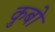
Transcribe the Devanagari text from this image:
कुबो